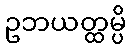
ဥဘယတ္ထမ္ပိ